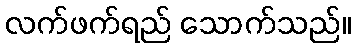
လက်ဖက်ရည် သောက်သည်။